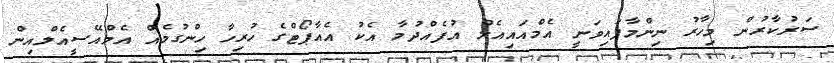
ސަރުކާރުން މިހާރު ނިންމާފައިވަނީ އެމްއައިއެލް އުފެއްދުމާ އެކު އެއާޕޯޓްގެ ހުރިހާ ހިންގުމެއް އެމްއޭސީއެލްއިން